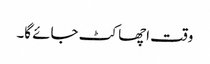
وقت اچھا کٹ جائے گا۔